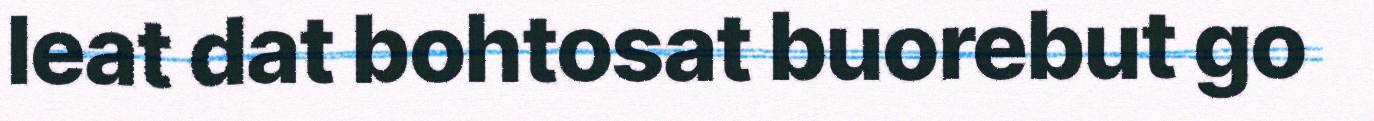
leat dat bohtosat buorebut go